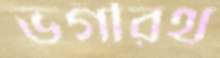
ভগীরথ